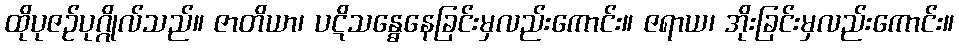
ထိုပုဇဉ်ပုဂ္ဂိုလ်သည်။ ဇာတိယာ၊ ပဋိသန္ဓေနေခြင်းမှလည်းကောင်း။ ဇရာယ၊ အိုးခြင်းမှလည်းကောင်း။